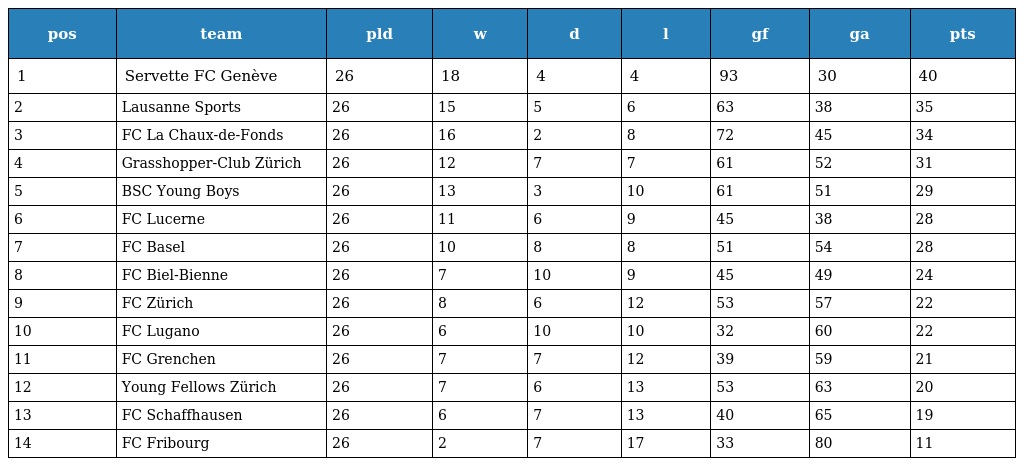
| pos | team | pld | w | d | l | gf | ga | pts |
 | --- | --- | --- | --- | --- | --- | --- | --- | --- |
 | 1 | Servette FC Genève | 26 | 18 | 4 | 4 | 93 | 30 | 40 |
 | 2 | Lausanne Sports | 26 | 15 | 5 | 6 | 63 | 38 | 35 |
 | 3 | FC La Chaux-de-Fonds | 26 | 16 | 2 | 8 | 72 | 45 | 34 |
 | 4 | Grasshopper-Club Zürich | 26 | 12 | 7 | 7 | 61 | 52 | 31 |
 | 5 | BSC Young Boys | 26 | 13 | 3 | 10 | 61 | 51 | 29 |
 | 6 | FC Lucerne | 26 | 11 | 6 | 9 | 45 | 38 | 28 |
 | 7 | FC Basel | 26 | 10 | 8 | 8 | 51 | 54 | 28 |
 | 8 | FC Biel-Bienne | 26 | 7 | 10 | 9 | 45 | 49 | 24 |
 | 9 | FC Zürich | 26 | 8 | 6 | 12 | 53 | 57 | 22 |
 | 10 | FC Lugano | 26 | 6 | 10 | 10 | 32 | 60 | 22 |
 | 11 | FC Grenchen | 26 | 7 | 7 | 12 | 39 | 59 | 21 |
 | 12 | Young Fellows Zürich | 26 | 7 | 6 | 13 | 53 | 63 | 20 |
 | 13 | FC Schaffhausen | 26 | 6 | 7 | 13 | 40 | 65 | 19 |
 | 14 | FC Fribourg | 26 | 2 | 7 | 17 | 33 | 80 | 11 |